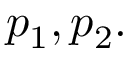
p _ { 1 } , p _ { 2 } .